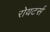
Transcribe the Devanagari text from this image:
रोयटर्स